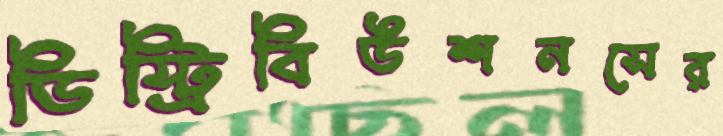
ডিস্ট্রিবিউশনসের